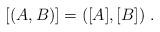
LaTeX: \begin{align*}[(A,B)]=([A],[B])\;.\end{align*}